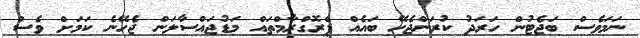
ނަމަވެސް ބަޖެޓުން ހަރަދު ކުރަންޖެހޭ ބައެއް ޕްރޮގްރާމްތައް މަޑުޖައްސާލަން ޖެހޭނެ ކަމަށް ވެސް